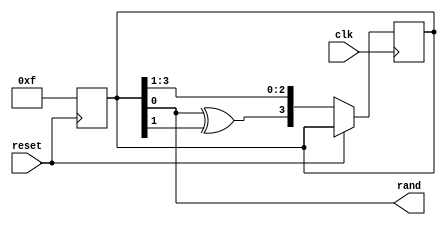
module prbs_gen (rand, clk, reset);
  //Inputs
input clk, reset;
  //output
output rand;
wire rand;
reg [3:0] temp;
always @ (posedge reset)
 begin
 temp <= 4'hf;
end
always @ (posedge clk) begin
 if (~reset) begin
 temp <= {temp[0]^temp[1],temp[3],temp[2],temp[1]};
 end
end
assign rand = temp[0];
endmodule